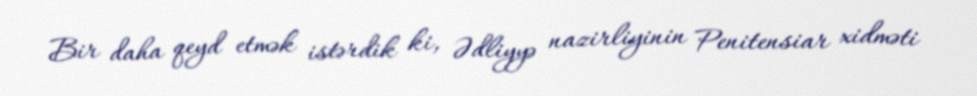
Bir daha qeyd etmək istərdik ki, Ədliyyə nazirliyinin Penitensiar xidməti